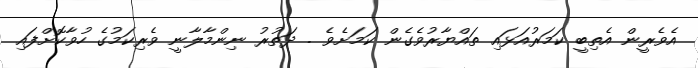
އެވެރީން އެތިބީ ކަމަރުއަޅައި ތައްޔާރުވެގެން ކަމަށެވެ . ދަތުރު ނިންމާލާނީ ވެރިކަމުގެ ހުވާކޮށްފައި